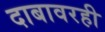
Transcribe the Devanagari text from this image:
दाबावरही